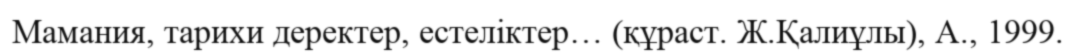
Мамания, тарихи деректер, естеліктер… (құраст. Ж.Қалиұлы), А., 1999.